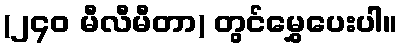
(၂၄၀ မီလီမီတာ) တွင်မွှေပေးပါ။